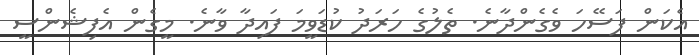
އެކަން ފަސޭހަ ވެގެންދާނެ. ތެލުގެ ހަރަދު ކުޑަވީމަ ފައިދާ ވާނެ. މީގެން އެފިޝެންސީ